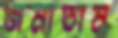
জমাতাম